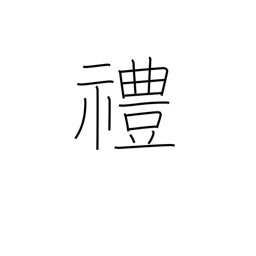
Meaning: rites